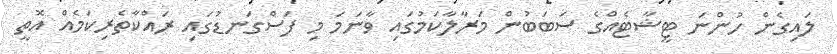
ލައިގެން ހުންނަ ޓީޝާޓެއްގެ ސަބަބުން މަރާލާކަމުގައި ވާނަމަ މި ފަސްގަނޑުގައި ރައްކާތެރިކަމެއް އޮތީ